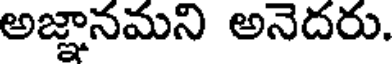
అజ్ఞానమని అనెదరు.